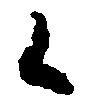
候